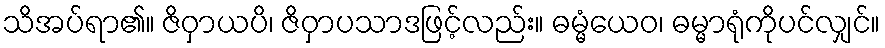
သိအပ်ရာ၏။ ဇိဝှာယပိ၊ ဇိဝှာပသာဒဖြင့်လည်း။ ဓမ္မံယေဝ၊ ဓမ္မာရုံကိုပင်လျှင်။